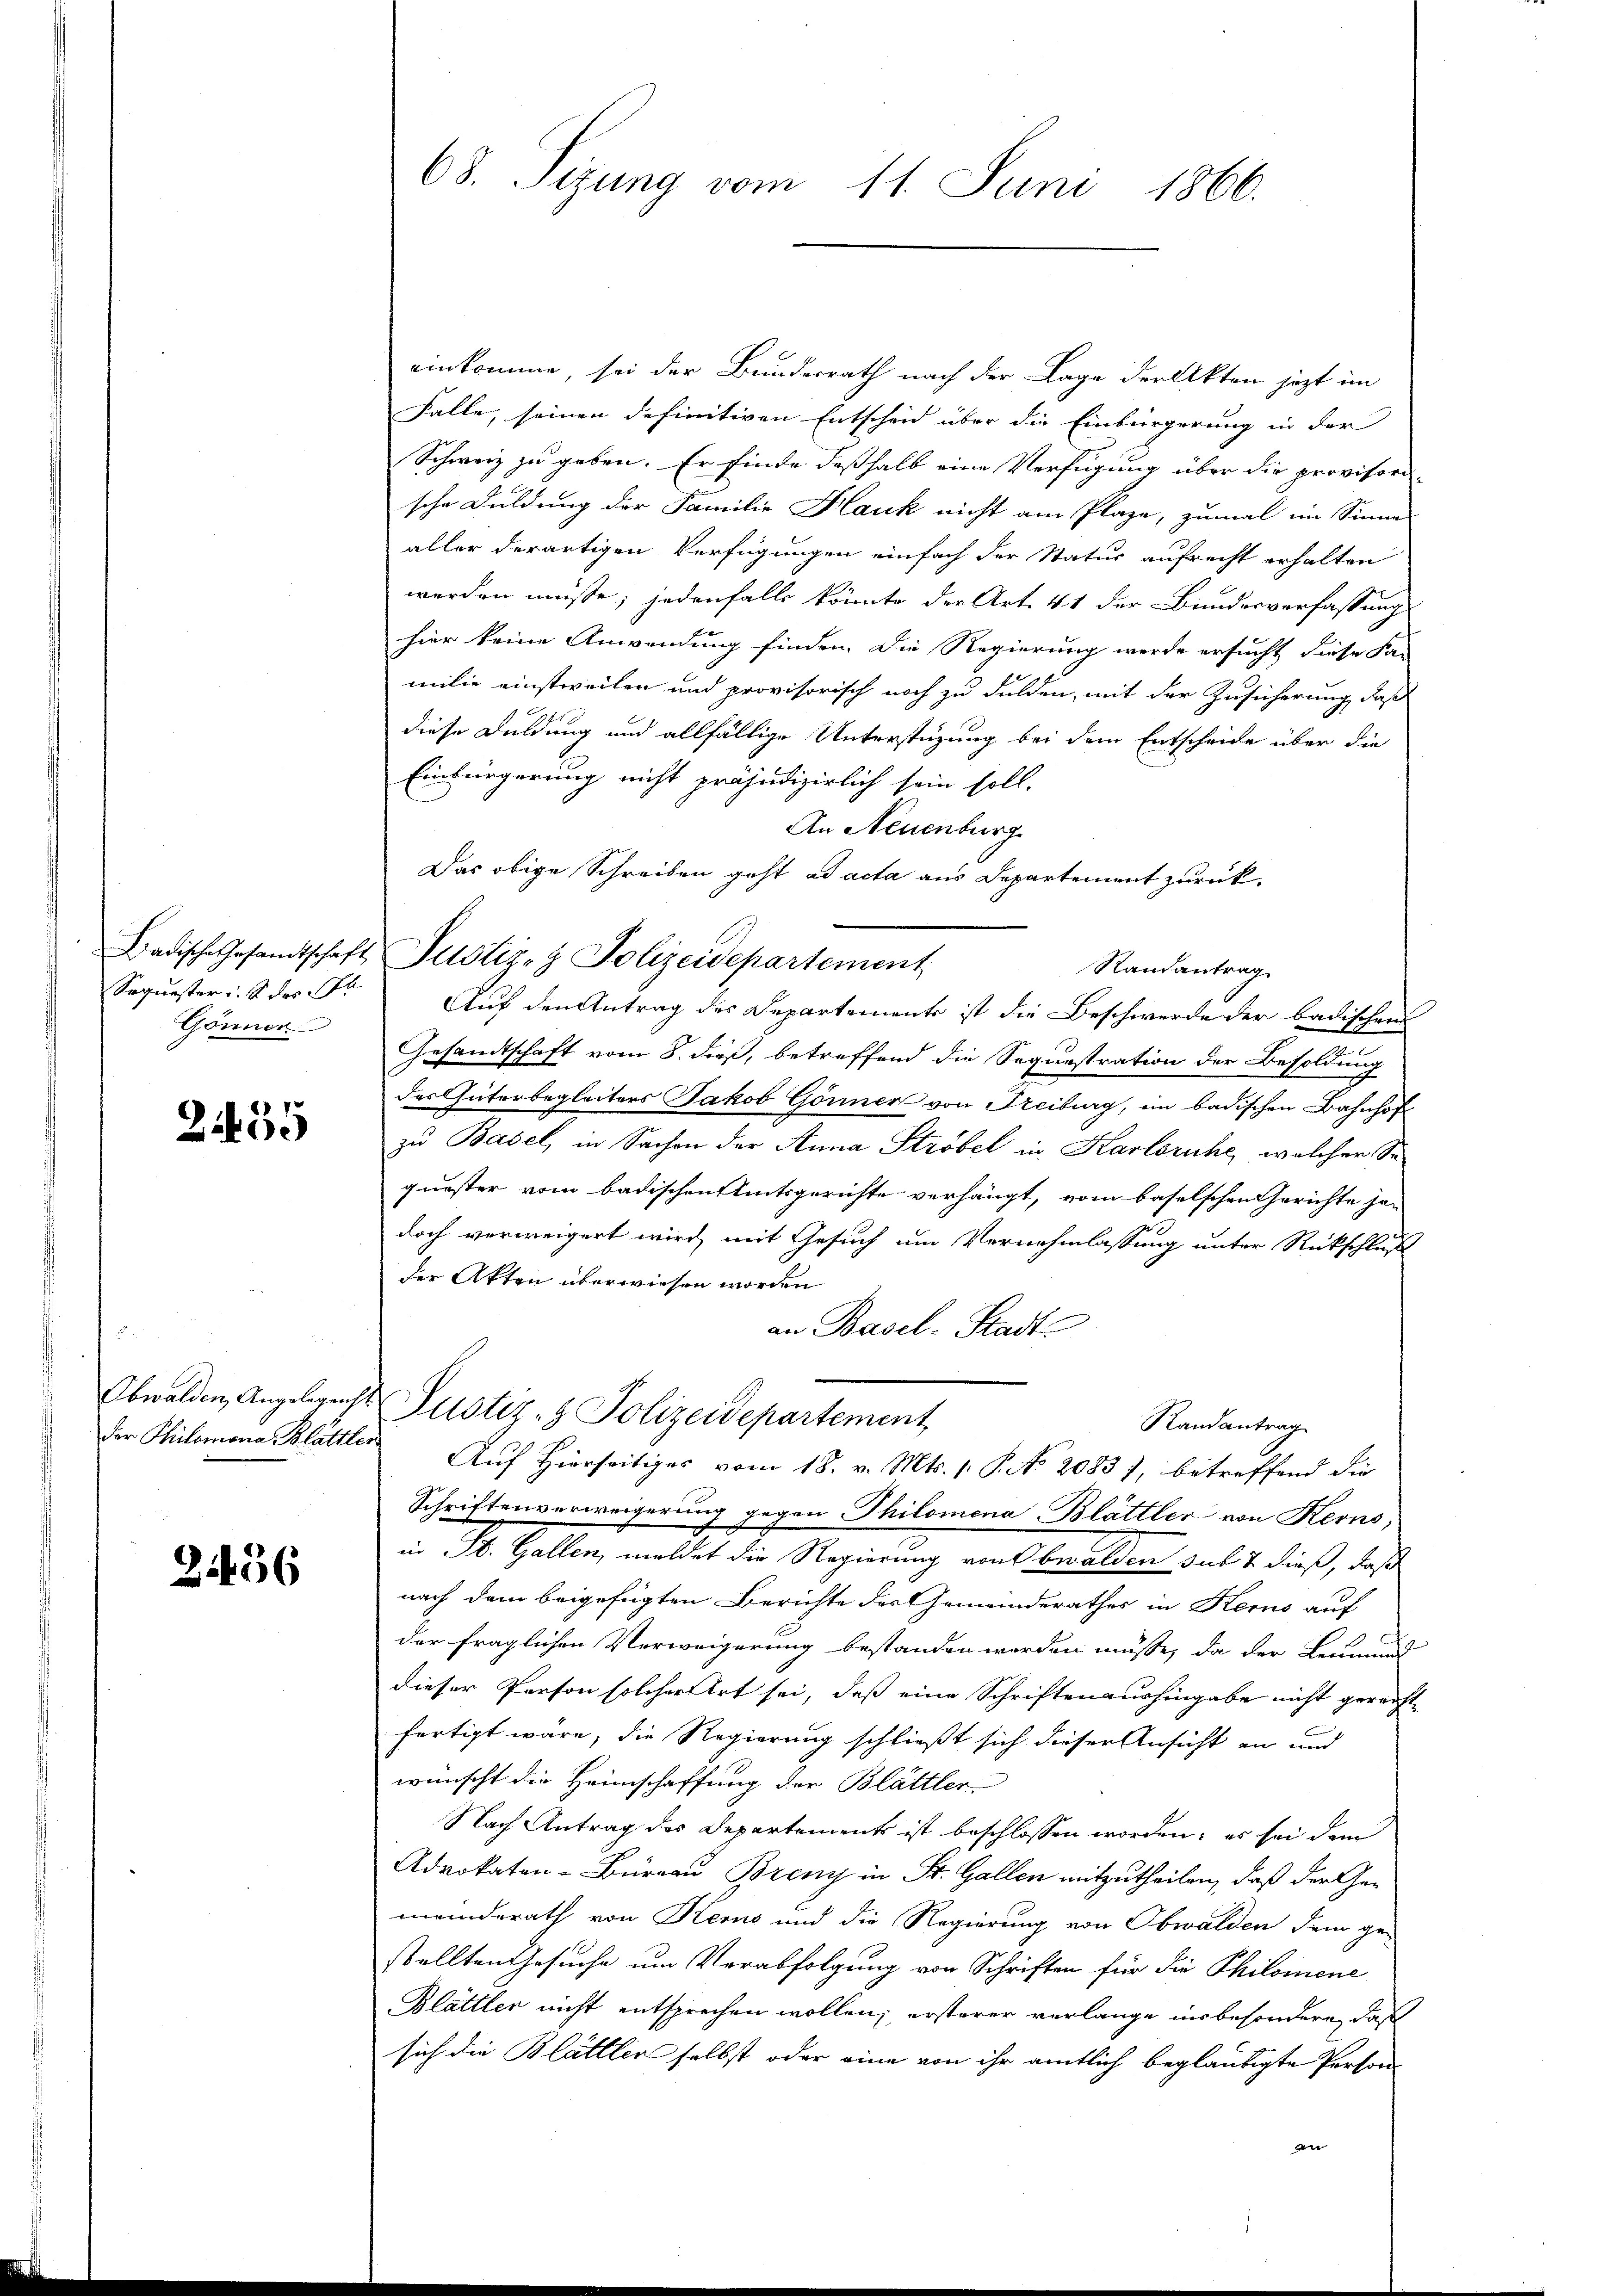
Badische Gesandtschaft
Sequester i. S. des St
Gönner

255

Obwalden Angelegenst.
der Philomona Blattler

21436

68. Sizung vom 11. Juni 1866.

einkomme, sei der Bundesrath nach der Lage der Akten jezt im
Falle, seinen definitiven Entscheid über die Einbürgerung in der
Schweiz zu geben. Er finde desshalb eine Verfügung über die provisori
sche Duldung der Familie Hauk nicht am Plaze, zumal im Sinne
aller derartigen Verfügungen einfach der Statur aufrecht erhalten
werden müßte; jedenfalls könnte der Art. 41 der Bundesverfassung
hier keine Anwendung finden. Die Regierung werde ersucht diese Fa-
milie einstweilen und provisorisch noch zu dulden, mit der Zusicherung, daß
diese Duldung und allfällige Unterstüzung bei dem Entscheide über die
Einbürgerung nicht präjudizierlich sein soll.
An Neuenburg
Das obige Schreiben geht ad acta aus Departement zurück-
Justiz- & Polizeidepartement
Randantrag
Auf den Antrag des Departemente ist die Beschwerde der badischen
Gesandtschaft vom 8. dieß, betreffend die Sequestration der Besoldung
des Güterbegleiters Jakob Gönner von Freiburg, im badischen Bahnhof
zu Basel, in Sachen der Anna Ströbel in Karlsruhe, welcher Se
quester vom badischen Amtsgerichte verhängt, vom baselschen Gerichte je-
doch verweigert wird, mit Gesuch um Vernehmlassung unter Rückschluß
der Akten überwiesen worden
an Basel-Stadt
Justiz- & Polizeidepartement
Randantrag
Auf Hierseitiges vom 18. v. Mts. 1. P. No 2083), betreffend die
Schriftenverweigerung gegen Philomena Blättler von Kerns,
in St. Gallen, meldet die Regierung von bwalden subt dieß, daß
nach dem beigefügten Berichte des Gemeinderathes in Kerns auf
der fraglichen Verweigerung bestanden werden müsse, da der Leumund
dieser Person solcher Art sei, daß eine Schriftenaushingabe nicht gereift
fertigt wäre, die Regierung schließt sich dieser Ansicht an und
wünscht die Heimschaffung der Blättler
Nach Antrag des Departements ist beschlossen worden; es sei dem
Advokaten-Bureau Breny in St. Gallen mitzutheilen, daß der Gemeinderath von Kerns und die Regierung von Obwalden dem ge-
stellten Gesuche um Verabfolgung von Schriften für die Philomene
Blättler nicht entsprechen wollen; ersterer verlange insbesondere, daß
sich die Blättlen selbst oder eine von ihr amtlich beglaubigte Person
an